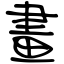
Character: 畫